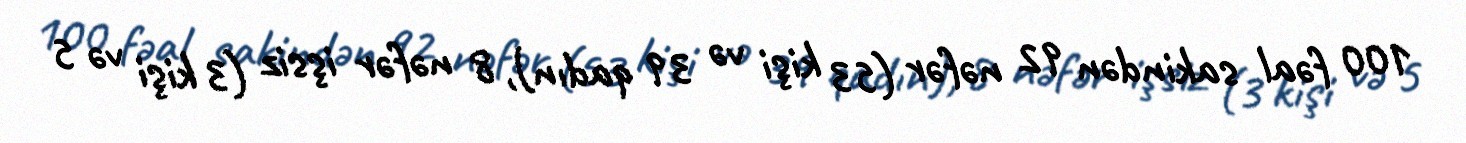
100 fəal sakindən 92 nəfər (53 kişi və 39 qadın), 8 nəfər işsiz (3 kişi və 5